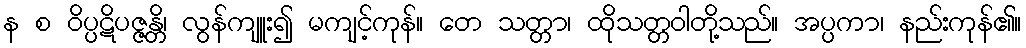
န စ ဝိပ္ပဋိပဇ္ဇန္တိ၊ လွန်ကျူး၍ မကျင့်ကုန်။ တေ သတ္တာ၊ ထိုသတ္တဝါတို့သည်။ အပ္ပကာ၊ နည်းကုန်၏။